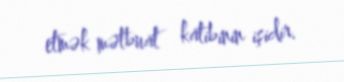
etmək mətbuat katibinin işidir.